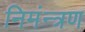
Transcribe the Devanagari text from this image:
निमंन्त्रण